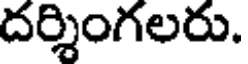
దర్శింగలరు.